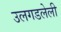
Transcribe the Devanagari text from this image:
उलगडलेली